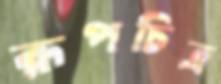
রূপচিত্র